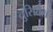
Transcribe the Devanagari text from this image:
तुसितेस